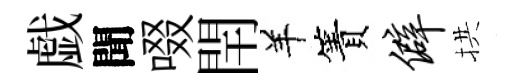
戯聞啜閈羊簀僻拱